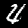
Digit: 4